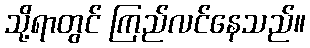
သို့ရာတွင် ကြည်လင်နေသည်။